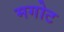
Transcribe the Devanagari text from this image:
मगोट